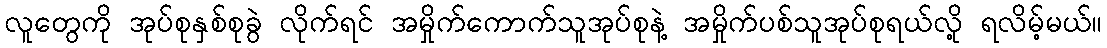
လူတွေကို အုပ်စုနှစ်စုခွဲ လိုက်ရင် အမှိုက်ကောက်သူအုပ်စုနဲ့ အမှိုက်ပစ်သူအုပ်စုရယ်လို့ ရလိမ့်မယ်။